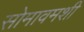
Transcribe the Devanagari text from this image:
सोमावमशी